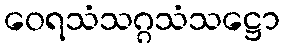
ဝေရသံသဂ္ဂသံသဋ္ဌော